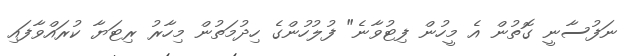
ނަފުސާނީ ގޮތުން އެ މީހުން ފިޓުވާނެ" ފުލުހުންގެ ހިދުމަތުން މިހާރު ރިޓަޔާ ކުރައްވާފައި